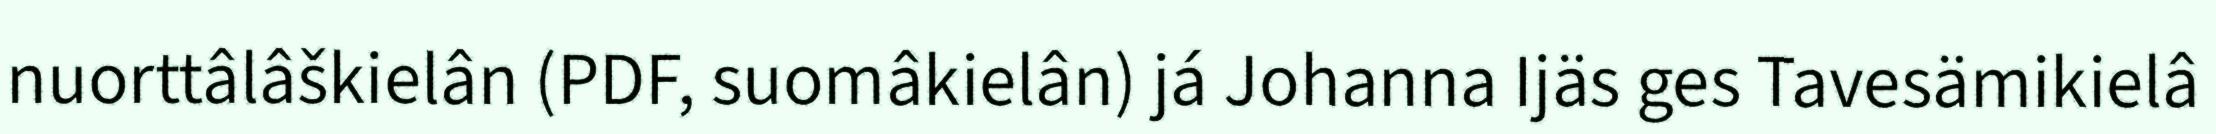
nuorttâlâškielân (PDF, suomâkielân) já Johanna Ijäs ges Tavesämikielâ